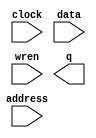
// megafunction wizard: %RAM: 1-PORT%VBB%
// GENERATION: STANDARD
// VERSION: WM1.0
// MODULE: altsyncram 

// ============================================================
// Megafunction Name(s):
// 			altsyncram
//
// Simulation Library Files(s):
// 			altera_mf
// ============================================================
// ************************************************************
// THIS IS A WIZARD-GENERATED FILE. DO NOT EDIT THIS FILE!
//
// 16.1.0 Build 196 10/24/2016 SJ Lite Edition
// ************************************************************

//Copyright (C) 2016  Intel Corporation. All rights reserved.
//Your use of Intel Corporation's design tools, logic functions 
//and other software and tools, and its AMPP partner logic 
//functions, and any output files from any of the foregoing 
//(including device programming or simulation files), and any 
//associated documentation or information are expressly subject 
//to the terms and conditions of the Intel Program License 
//Subscription Agreement, the Intel Quartus Prime License Agreement,
//the Intel MegaCore Function License Agreement, or other 
//applicable license agreement, including, without limitation, 
//that your use is for the sole purpose of programming logic 
//devices manufactured by Intel and sold by Intel or its 
//authorized distributors.  Please refer to the applicable 
//agreement for further details.

module MemoryModule0 (
	address,
	clock,
	data,
	wren,
	q);

	input	[9:0]  address;
	input	  clock;
	input	[7:0]  data;
	input	  wren;
	output	[7:0]  q;
`ifndef ALTERA_RESERVED_QIS
// synopsys translate_off
`endif
	tri1	  clock;
`ifndef ALTERA_RESERVED_QIS
// synopsys translate_on
`endif

endmodule

// ============================================================
// CNX file retrieval info
// ============================================================
// Retrieval info: PRIVATE: ADDRESSSTALL_A NUMERIC "0"
// Retrieval info: PRIVATE: AclrAddr NUMERIC "0"
// Retrieval info: PRIVATE: AclrByte NUMERIC "0"
// Retrieval info: PRIVATE: AclrData NUMERIC "0"
// Retrieval info: PRIVATE: AclrOutput NUMERIC "0"
// Retrieval info: PRIVATE: BYTE_ENABLE NUMERIC "0"
// Retrieval info: PRIVATE: BYTE_SIZE NUMERIC "8"
// Retrieval info: PRIVATE: BlankMemory NUMERIC "0"
// Retrieval info: PRIVATE: CLOCK_ENABLE_INPUT_A NUMERIC "0"
// Retrieval info: PRIVATE: CLOCK_ENABLE_OUTPUT_A NUMERIC "0"
// Retrieval info: PRIVATE: Clken NUMERIC "0"
// Retrieval info: PRIVATE: DataBusSeparated NUMERIC "1"
// Retrieval info: PRIVATE: IMPLEMENT_IN_LES NUMERIC "0"
// Retrieval info: PRIVATE: INIT_FILE_LAYOUT STRING "PORT_A"
// Retrieval info: PRIVATE: INIT_TO_SIM_X NUMERIC "0"
// Retrieval info: PRIVATE: INTENDED_DEVICE_FAMILY STRING "Cyclone IV E"
// Retrieval info: PRIVATE: JTAG_ENABLED NUMERIC "0"
// Retrieval info: PRIVATE: JTAG_ID STRING "NONE"
// Retrieval info: PRIVATE: MAXIMUM_DEPTH NUMERIC "0"
// Retrieval info: PRIVATE: MIFfilename STRING "MemoryModule0.mif"
// Retrieval info: PRIVATE: NUMWORDS_A NUMERIC "1024"
// Retrieval info: PRIVATE: RAM_BLOCK_TYPE NUMERIC "0"
// Retrieval info: PRIVATE: READ_DURING_WRITE_MODE_PORT_A NUMERIC "3"
// Retrieval info: PRIVATE: RegAddr NUMERIC "1"
// Retrieval info: PRIVATE: RegData NUMERIC "1"
// Retrieval info: PRIVATE: RegOutput NUMERIC "1"
// Retrieval info: PRIVATE: SYNTH_WRAPPER_GEN_POSTFIX STRING "1"
// Retrieval info: PRIVATE: SingleClock NUMERIC "1"
// Retrieval info: PRIVATE: UseDQRAM NUMERIC "1"
// Retrieval info: PRIVATE: WRCONTROL_ACLR_A NUMERIC "0"
// Retrieval info: PRIVATE: WidthAddr NUMERIC "10"
// Retrieval info: PRIVATE: WidthData NUMERIC "8"
// Retrieval info: PRIVATE: rden NUMERIC "0"
// Retrieval info: LIBRARY: altera_mf altera_mf.altera_mf_components.all
// Retrieval info: CONSTANT: CLOCK_ENABLE_INPUT_A STRING "BYPASS"
// Retrieval info: CONSTANT: CLOCK_ENABLE_OUTPUT_A STRING "BYPASS"
// Retrieval info: CONSTANT: INIT_FILE STRING "MemoryModule0.mif"
// Retrieval info: CONSTANT: INTENDED_DEVICE_FAMILY STRING "Cyclone IV E"
// Retrieval info: CONSTANT: LPM_HINT STRING "ENABLE_RUNTIME_MOD=NO"
// Retrieval info: CONSTANT: LPM_TYPE STRING "altsyncram"
// Retrieval info: CONSTANT: NUMWORDS_A NUMERIC "1024"
// Retrieval info: CONSTANT: OPERATION_MODE STRING "SINGLE_PORT"
// Retrieval info: CONSTANT: OUTDATA_ACLR_A STRING "NONE"
// Retrieval info: CONSTANT: OUTDATA_REG_A STRING "CLOCK0"
// Retrieval info: CONSTANT: POWER_UP_UNINITIALIZED STRING "FALSE"
// Retrieval info: CONSTANT: READ_DURING_WRITE_MODE_PORT_A STRING "NEW_DATA_NO_NBE_READ"
// Retrieval info: CONSTANT: WIDTHAD_A NUMERIC "10"
// Retrieval info: CONSTANT: WIDTH_A NUMERIC "8"
// Retrieval info: CONSTANT: WIDTH_BYTEENA_A NUMERIC "1"
// Retrieval info: USED_PORT: address 0 0 10 0 INPUT NODEFVAL "address[9..0]"
// Retrieval info: USED_PORT: clock 0 0 0 0 INPUT VCC "clock"
// Retrieval info: USED_PORT: data 0 0 8 0 INPUT NODEFVAL "data[7..0]"
// Retrieval info: USED_PORT: q 0 0 8 0 OUTPUT NODEFVAL "q[7..0]"
// Retrieval info: USED_PORT: wren 0 0 0 0 INPUT NODEFVAL "wren"
// Retrieval info: CONNECT: @address_a 0 0 10 0 address 0 0 10 0
// Retrieval info: CONNECT: @clock0 0 0 0 0 clock 0 0 0 0
// Retrieval info: CONNECT: @data_a 0 0 8 0 data 0 0 8 0
// Retrieval info: CONNECT: @wren_a 0 0 0 0 wren 0 0 0 0
// Retrieval info: CONNECT: q 0 0 8 0 @q_a 0 0 8 0
// Retrieval info: GEN_FILE: TYPE_NORMAL MemoryModule0.v TRUE
// Retrieval info: GEN_FILE: TYPE_NORMAL MemoryModule0.inc FALSE
// Retrieval info: GEN_FILE: TYPE_NORMAL MemoryModule0.cmp FALSE
// Retrieval info: GEN_FILE: TYPE_NORMAL MemoryModule0.bsf FALSE
// Retrieval info: GEN_FILE: TYPE_NORMAL MemoryModule0_inst.v FALSE
// Retrieval info: GEN_FILE: TYPE_NORMAL MemoryModule0_bb.v TRUE
// Retrieval info: GEN_FILE: TYPE_NORMAL MemoryModule0_syn.v TRUE
// Retrieval info: LIB_FILE: altera_mf